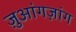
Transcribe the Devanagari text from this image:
ज़ुआंगज़ांग